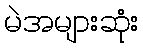
မဲအများဆုံး